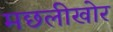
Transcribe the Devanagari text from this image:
मछलीखोर